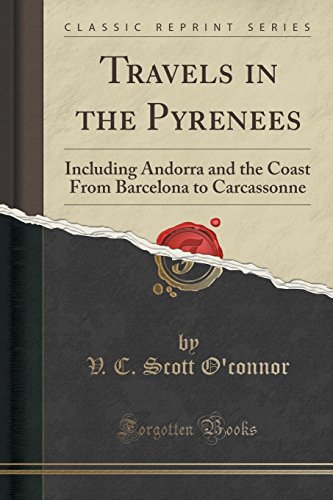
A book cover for Travels in the Pyrenees: Including Andorra and the Coast From Barcelona to Carcassonne (Classic Reprint); V. C. Scott O'connor; Travel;